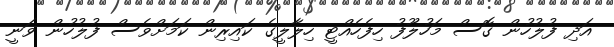
އަދި ފުލުހުން ގޮސް މަހުލޫފު ހިފެހެއްޓީ ހިލާލީގެ ކައިރިން ކަމަށްވެސް ފުލުހުން ވަނީ